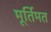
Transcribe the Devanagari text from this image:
मूर्तिमत